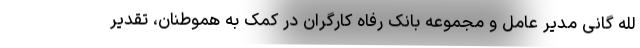
لله گانی مدیر عامل و مجموعه بانک رفاه کارگران در کمک به هموطنان، تقدیر